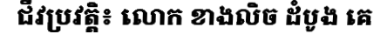
ជីវប្រវត្តិ៖ លោក ខាងលិច ដំបូង គេ